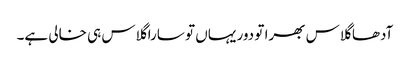
آدھا گلاس بھرا تو دور یہاں تو سارا گلاس ہی خالی ہے۔